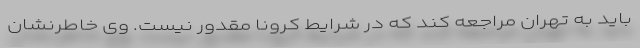
باید به تهران مراجعه کند که در شرایط کرونا مقدور نیست. وی خاطرنشان